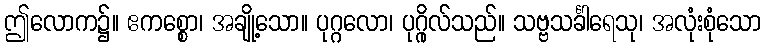
ဤလောက၌။ ဧကစ္စော၊ အချို့သော။ ပုဂ္ဂလော၊ ပုဂ္ဂိုလ်သည်။ သဗ္ဗသင်္ခါရေသု၊ အလုံးစုံသော